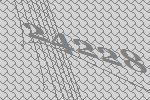
24228